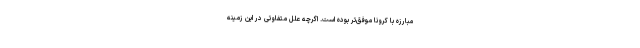
مبارزه با کرونا موفق‌تر بوده است. اگرچه علل متفاوتی در این زمینه